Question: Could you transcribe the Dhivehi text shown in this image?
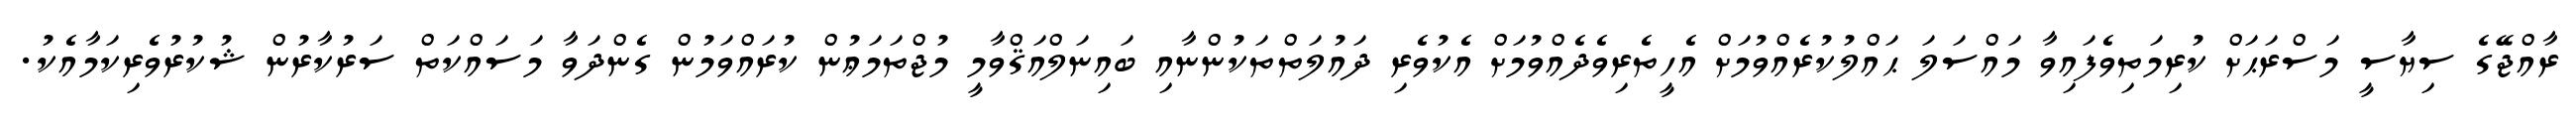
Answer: ރާއްޖޭގެ ސިޔާސީ މަސްރަޙަށް ކުރިމަތިވެފައިވާ މައްސަލަ ޙައްލުކުރެއްވުމަށް އެހީތެރިވެދެއްވުމަށް އެކުވެރި ދައުލަތްތަކުންނާއި ބައިނަލްއަޤްވާމީ މުޖްތަމަޢުން ކުރައްވަމުން ގެންދަވާ މަސައްކަތް ސަރުކާރުން ޝުކުރުވެރިކަމާއެކު.